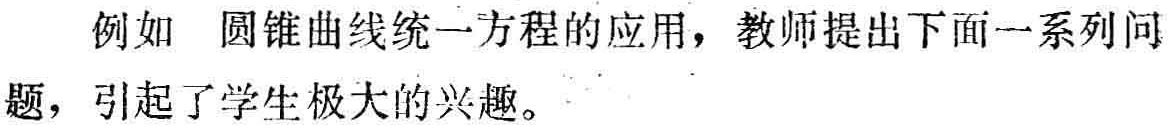
例如 圆锥曲线统一方程的应用，教师提出下面一系列问题，引起了学生极大的兴趣。